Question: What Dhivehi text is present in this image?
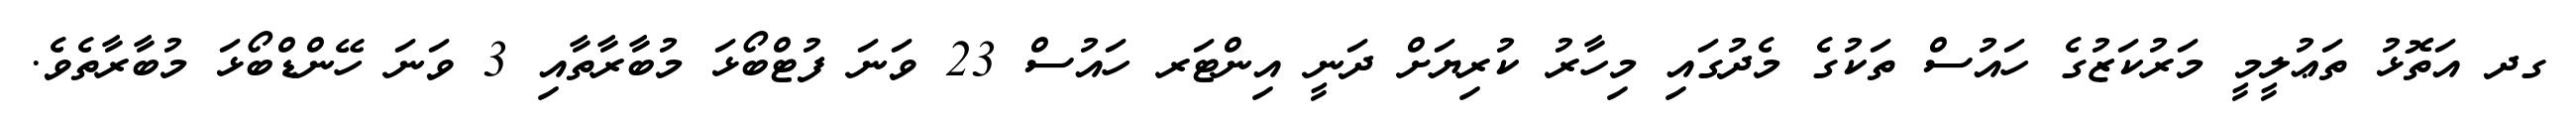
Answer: ގދ އަތޮޅު ތަޢުލީމީ މަރުކަޒުގެ ހައުސް ތަކުގެ މެދުގައި މިހާރު ކުރިޔަށް ދަނީ އިންޓަރ ހައުސް 23 ވަނަ ފުޓްބޯޅަ މުބާރާތާއި 3 ވަނަ ހޭންޑްބޯޅަ މުބާރާތެވެ.